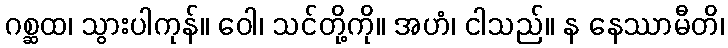
ဂစ္ဆထ၊ သွားပါကုန်။ ဝေါ၊ သင်တို့ကို။ အဟံ၊ ငါသည်။ န နေဿာမီတိ၊